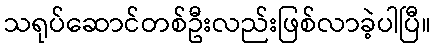
သရုပ်ဆောင်တစ်ဦးလည်းဖြစ်လာခဲ့ပါပြီ။